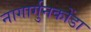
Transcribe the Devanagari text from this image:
नागार्गुनकोंडा